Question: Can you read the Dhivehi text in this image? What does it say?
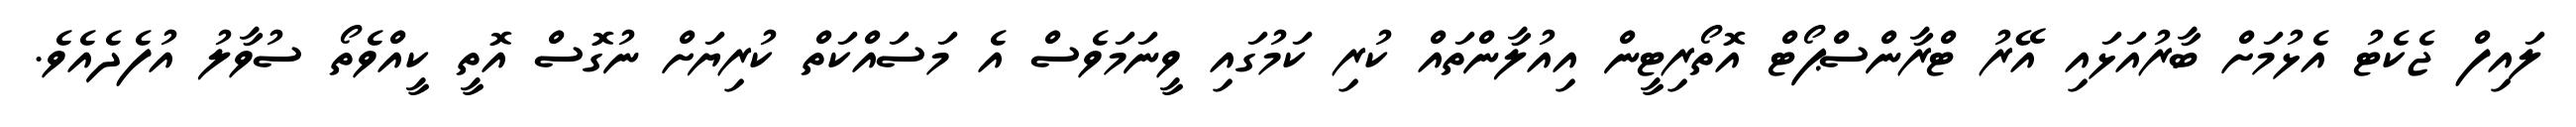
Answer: ލައިފް ޖެކެޓު އެޅުމަށް ބާރުއަޅައި އޭރު ޓްރާންސްޕޯޓް އޮތޯރިޓީން އިއުލާންތައް ކުރި ކަމުގައި ވީނަމަވެސް އެ މަސައްކަތް ކުރިޔަށް ނުގޮސް އޮތީ ކީއްވެތޯ ސުވާލު އުފެދެއެވެ.